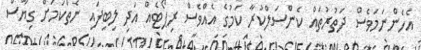
އެހެންނަމަވެސް ދަތުރުތައް ކެންސަލްކުރާ ކަމުގެ އެއްވެސް ރިޕޯޓެއް އަދި ލިބިފައި ނެތްކަމަށް ގިޔާސް